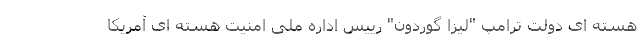
هسته ای دولت ترامپ "لیزا گوردون" رییس اداره ملی امنیت هسته ای آمریکا